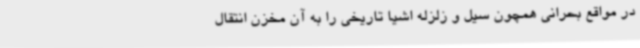
در مواقع بحرانی همچون سیل و زلزله اشیا تاریخی را به آن مخزن انتقال